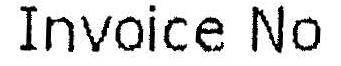
INVOICE NO